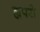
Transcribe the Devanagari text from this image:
ह्यपरो